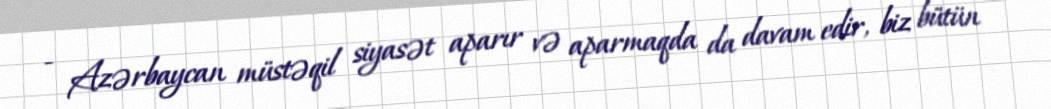
- Azərbaycan müstəqil siyasət aparır və aparmaqda da davam edir, biz bütün